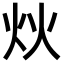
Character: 炏